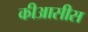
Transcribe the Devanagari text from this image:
कीआसीस